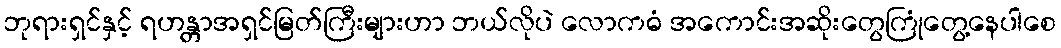
ဘုရားရှင်နှင့် ရဟန္တာအရှင်မြတ်ကြီးများဟာ ဘယ်လိုပဲ လောကဓံ အကောင်းအဆိုးတွေကြုံတွေ့နေပါစေ